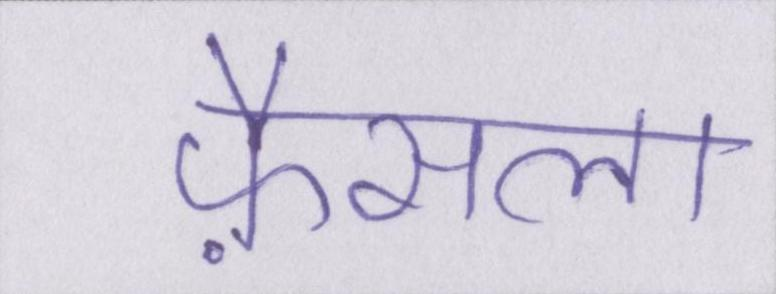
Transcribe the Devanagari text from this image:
फ़ैसला